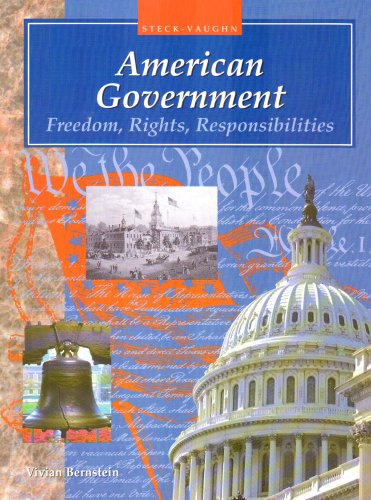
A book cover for American Government: Freedom, Rights, Responsibilities (Steck-Vaughn American Government); Vivian Bernstein; Children's Books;